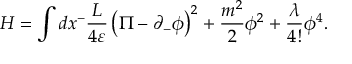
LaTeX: H = \int d x ^ { - } \frac { L } { 4 \varepsilon } \left( \Pi - \partial _ { - } \phi \right) ^ { 2 } + \frac { m ^ { 2 } } { 2 } \phi ^ { 2 } + \frac { \lambda } { 4 ! } \phi ^ { 4 } .